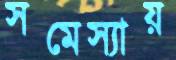
সমেস্যায়